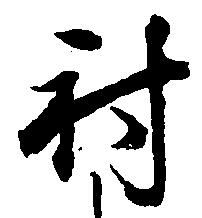
射